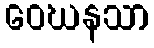
ဝေဃနသာ